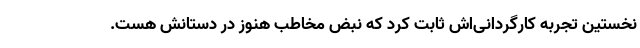
نخستین تجربه کارگردانی‌اش ثابت کرد که نبض مخاطب هنوز در دستانش هست.